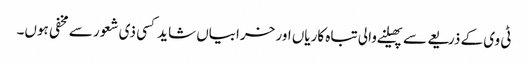
ٹی وی کے ذریعے سے پھیلنے والی تباہ کاریاں اور خرابیاں شاید کسی ذی شعور سے مخفی ہوں۔